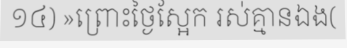
១៤) »ព្រោះថ្ងៃស្អែក រស់គ្មានឯង(